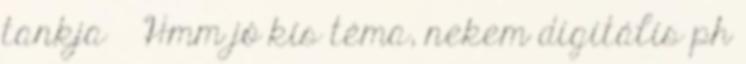
tankja → Hmm jó kis téma, nekem digitális ph